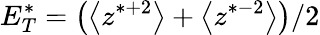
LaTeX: E_{T}^{*}=\big(\big<z^{*+2}\big>+\big<z^{*-2}\big>\big)/2